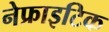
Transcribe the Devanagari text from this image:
नेफ्राइटिक